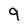
Character: 9